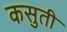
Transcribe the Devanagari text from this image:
कसुती